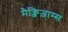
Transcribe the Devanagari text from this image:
मैक्जिज़ाम्स